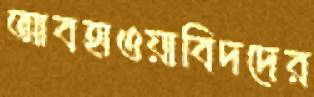
আবহাওয়াবিদদের